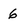
Character: 6